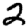
Digit: 2